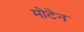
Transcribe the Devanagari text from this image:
मोटेन